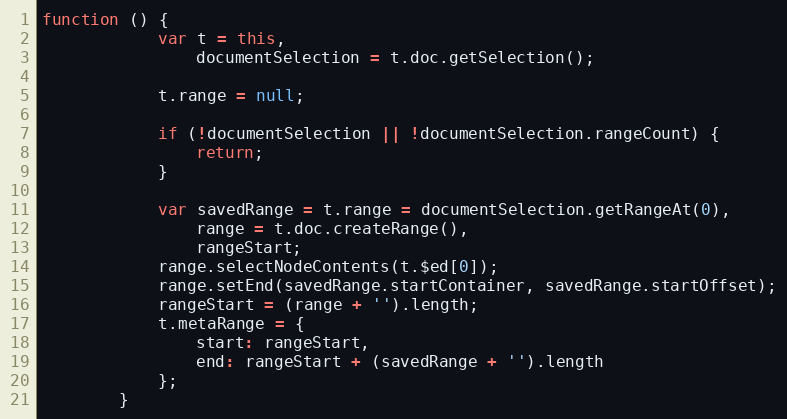
Language: JavaScript
function () {
            var t = this,
                documentSelection = t.doc.getSelection();

            t.range = null;

            if (!documentSelection || !documentSelection.rangeCount) {
                return;
            }

            var savedRange = t.range = documentSelection.getRangeAt(0),
                range = t.doc.createRange(),
                rangeStart;
            range.selectNodeContents(t.$ed[0]);
            range.setEnd(savedRange.startContainer, savedRange.startOffset);
            rangeStart = (range + '').length;
            t.metaRange = {
                start: rangeStart,
                end: rangeStart + (savedRange + '').length
            };
        }